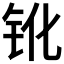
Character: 𨱂